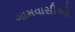
ગામવાસીઓ